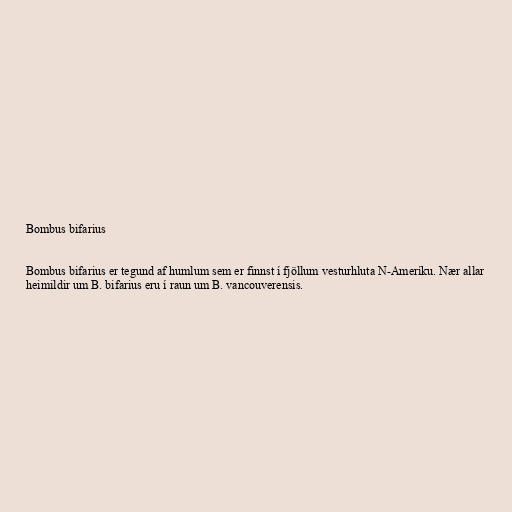
Bombus bifarius

Bombus bifarius er tegund af humlum sem er finnst í fjöllum vesturhluta N-Ameríku. Nær allar
heimildir um B. bifarius eru í raun um B. vancouverensis.